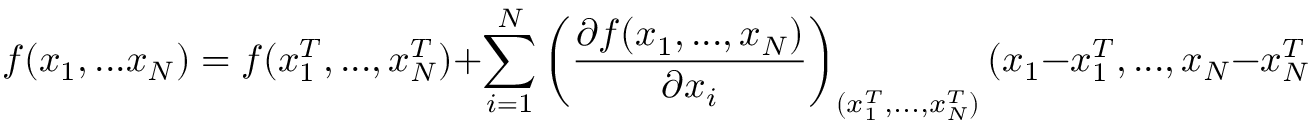
f ( x _ { 1 } , . . . x _ { N } ) = f ( x _ { 1 } ^ { T } , . . . , x _ { N } ^ { T } ) + \sum _ { i = 1 } ^ { N } \left( \frac { \partial f ( x _ { 1 } , . . . , x _ { N } ) } { \partial x _ { i } } \right) _ { ( x _ { 1 } ^ { T } , . . . , x _ { N } ^ { T } ) } ( x _ { 1 } - x _ { 1 } ^ { T } , . . . , x _ { N } - x _ { N } ^ { T } ) + . . . .